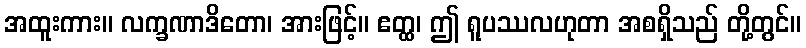
အထူးကား။ လက္ခဏာဒိတော၊ အားဖြင့်။ ဧတ္ထ၊ ဤ ရူပဿလဟုတာ အစရှိသည် တို့တွင်။